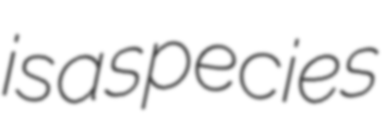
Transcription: is a species